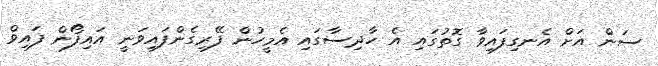
ސަން އަށް އެނގިފައިވާ ގޮތުގައި އެ ހާދިސާގައި އެމީހުން ފޭރިގެންފައިވަނީ އައިފޯން ފައިވް